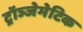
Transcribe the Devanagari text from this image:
ट्रॉञ्जेमेटिक